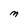
Character: M